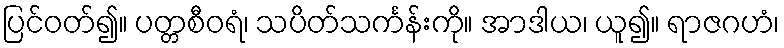
ပြင်ဝတ်၍။ ပတ္တစီဝရံ၊ သပိတ်သင်္ကန်းကို။ အာဒါယ၊ ယူ၍။ ရာဇဂဟံ၊